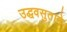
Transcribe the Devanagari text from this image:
उद्धवसुताने